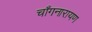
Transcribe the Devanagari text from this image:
चाँगनारायण